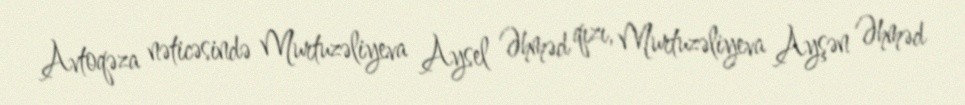
Avtoqəza nəticəsində Murtuzəliyeva Aysel Əhməd qızı, Murtuzəliyeva Ayşən Əhməd